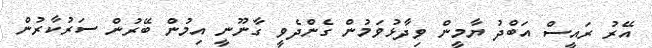
އޭރު ރައީސް އަބްދު ޔާމީން ވިދާޅުވަމުން ގެންދެވީ ގާނޫނީ އިމުން ބޭރުން ސަރުކާރުން